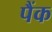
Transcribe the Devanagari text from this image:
पैंक